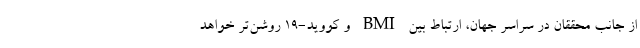
از جانب محققان در سراسر جهان، ارتباط بین BMI و کووید-۱۹ روشن‌تر خواهد